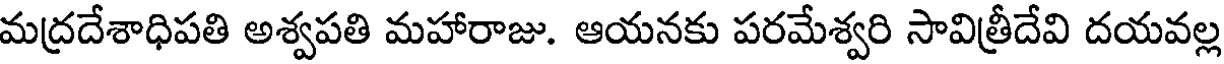
మద్రదేశాధిపతి అశ్వపతి మహారాజు. ఆయనకు పరమేశ్వరి సావిత్రీదేవి దయవల్ల